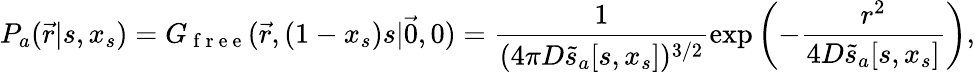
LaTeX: P_{a}(\vec{r}|s,x_{s})=G_{\mathrm{~f~r~e~e~}}(\vec{r},(1-x_{s})s|\vec{0},0)=\frac{1}{(4\pi D\tilde{s}_{a}[s,x_{s}])^{3/2}}\exp\left(-\frac{r^{2}}{4D\tilde{s}_{a}[s,x_{s}]}\right),